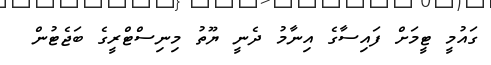
ގައުމީ ޓީމަށް ފައިސާގެ އިނާމު ދެނީ ޔޫތު މިނިސްޓްރީގެ ބަޖެޓުން